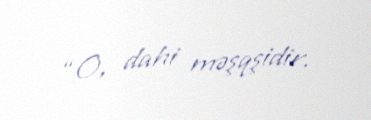
“O, dahi məşqşidir.